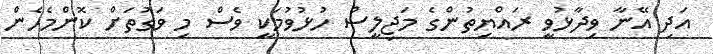
އަދި އޭނާ ވިދާޅުވީ ރައްޔިތުންގެ މަޖިލީސް ހުޅުވުމަކީ ވެސް މި ވަގުތަށް ކޮންމެހެން